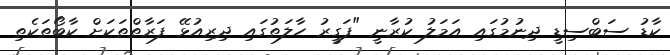
ކާޑު ސަބްސިޑީ ދިނުމުގައި އަމަލު ކުރާނީ "ފަގީރު ހާލަތުގައި ދިރިއުޅޭ ފަރާތްތަކަށް ކާބޯތަކެތި